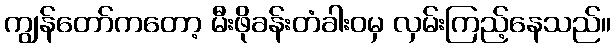
ကျွန်တော်ကတော့ မီးဖိုခန်းတံခါးဝမှ လှမ်းကြည့်နေသည်။